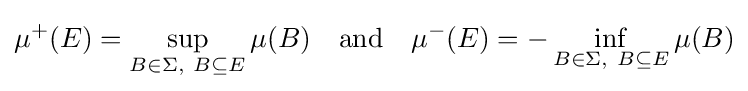
{\mu ^{+}}(E)=\sup _{B\in \Sigma ,~B\subseteq E}\mu (B)\quad {\text{and}}\quad {\mu ^{-}}(E)=-\inf _{B\in \Sigma ,~B\subseteq E}\mu (B)